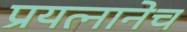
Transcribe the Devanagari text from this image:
प्रयत्नानेच